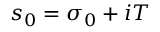
s _ { 0 } = \sigma _ { 0 } + i T